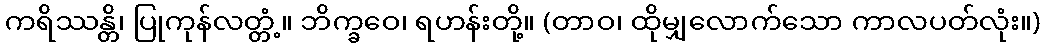
ကရိဿန္တိ၊ ပြုကုန်လတ္တံ့။ ဘိက္ခဝေ၊ ရဟန်းတို့။ (တာဝ၊ ထိုမျှလောက်သော ကာလပတ်လုံး။)